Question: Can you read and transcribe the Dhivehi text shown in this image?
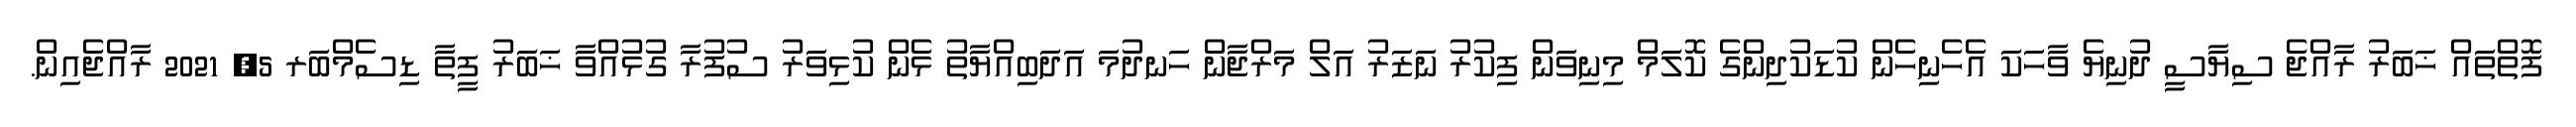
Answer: ފޮތްތައް ޚަބަރު ރާއްޖެ ސިޔާސީ ދުނިޔެ ވާހަކަ އެހެނިހެން ކުޑަކުދިންގެ ކޮލަމް މިނިވަން ފިކުރު ނަޒަރު އަލް މަރްޖާން ހަނދުމަ އަދަބިއްޔާތު ޅެން ކުޅިވަރު ސުފުރާ ގުޅުއްވާ ޚަބަރު ފީތާ ޑިސެމްބަރ 5, 2021 ރާއްޖެއިން.